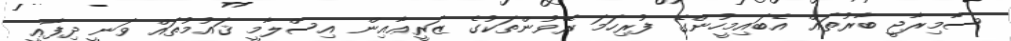
ސާމިރާޖީ ބާރުތައް އެބައިމީހުންގެ ފުރިހަމަ ރޭވުންތަކުގެ ޒަރީޢާއިން އިސްލާމީ ޤައުމުތައް ވަނީ ދިފާޢީ